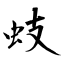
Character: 蚑